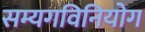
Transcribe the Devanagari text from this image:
सम्यगविनियोग